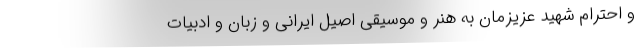
و احترام شهید عزیزمان به هنر و موسیقی اصیل ایرانی و زبان و ادبیات